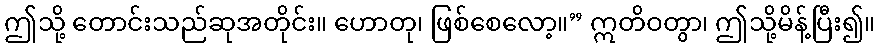
ဤသို့ တောင်းသည်ဆုအတိုင်း။ ဟောတု၊ ဖြစ်စေလော့။” ဣတိဝတွာ၊ ဤသို့မိန့်ပြီး၍။